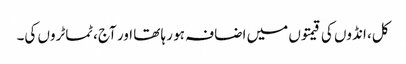
کل، انڈوں کی قیمتوں میں اضافہ ہو رہا تھا اور آج، ٹماٹروں کی۔